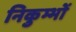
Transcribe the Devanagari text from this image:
निकुम्भों